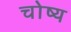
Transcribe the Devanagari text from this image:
चोष्य